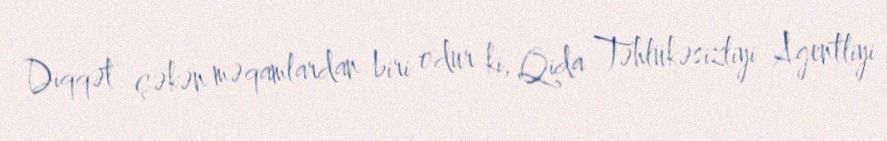
Diqqət çəkən məqamlardan biri odur ki, Qida Təhlükəsizliyi Agentliyi